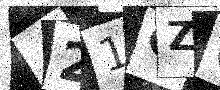
Text: 421QZ6